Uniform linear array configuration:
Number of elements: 32
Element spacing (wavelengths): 1
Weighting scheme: binomial
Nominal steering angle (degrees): -45
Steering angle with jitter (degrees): -46.95
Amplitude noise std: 0.05
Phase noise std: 0.05

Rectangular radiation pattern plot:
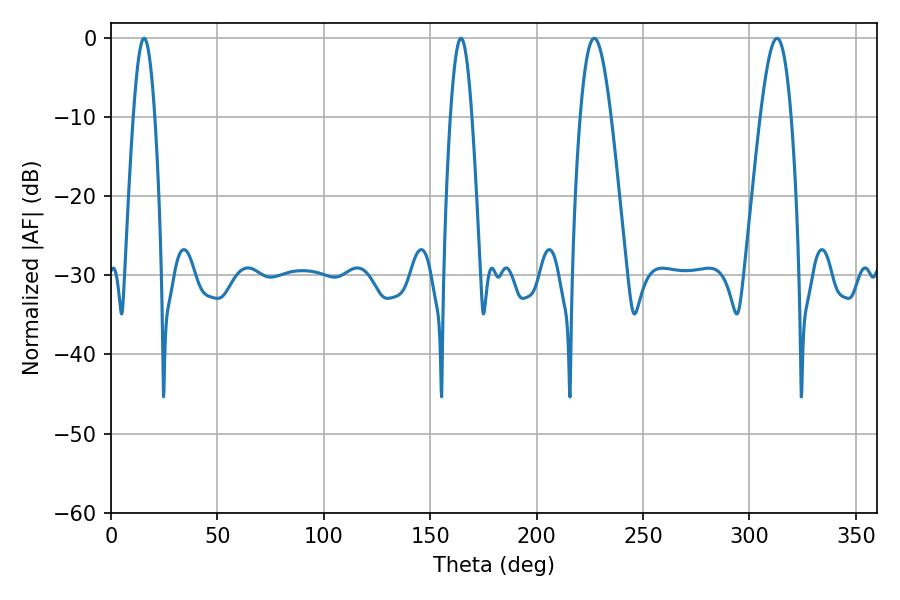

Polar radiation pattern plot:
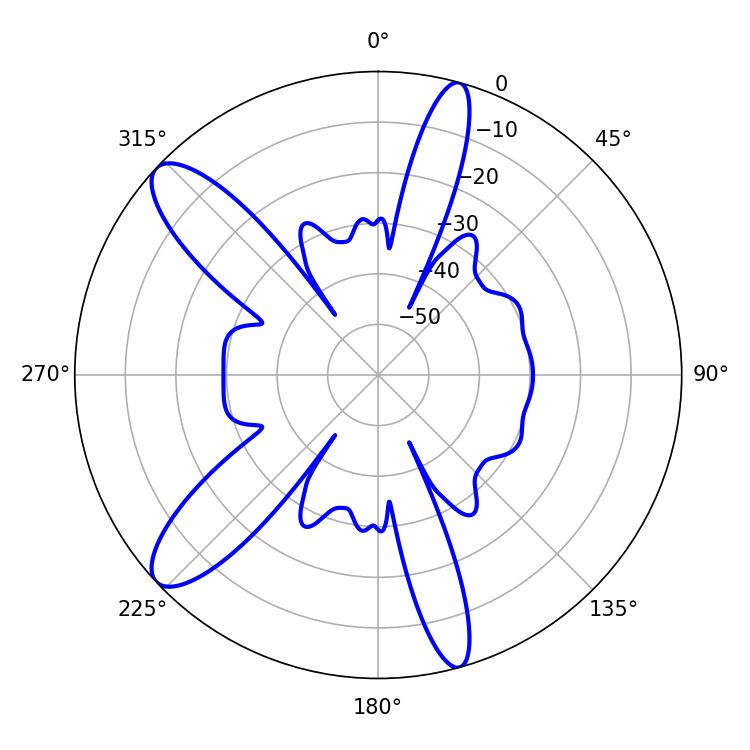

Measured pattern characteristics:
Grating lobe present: TRUE
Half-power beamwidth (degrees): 7.74
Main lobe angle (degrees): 313.02